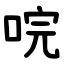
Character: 唍